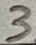
Text: 3